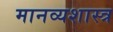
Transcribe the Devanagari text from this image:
मानव्यशास्त्र